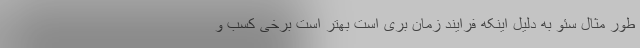
طور مثال سئو به دلیل اینکه فرایند زمان بری است بهتر است برخی کسب و